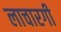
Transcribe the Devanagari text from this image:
लाचारगी